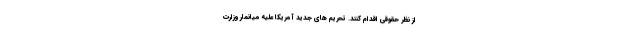
از نظر حقوقی اقدام کنند. تحریم های جدید آمریکا علیه میانمار وزارت